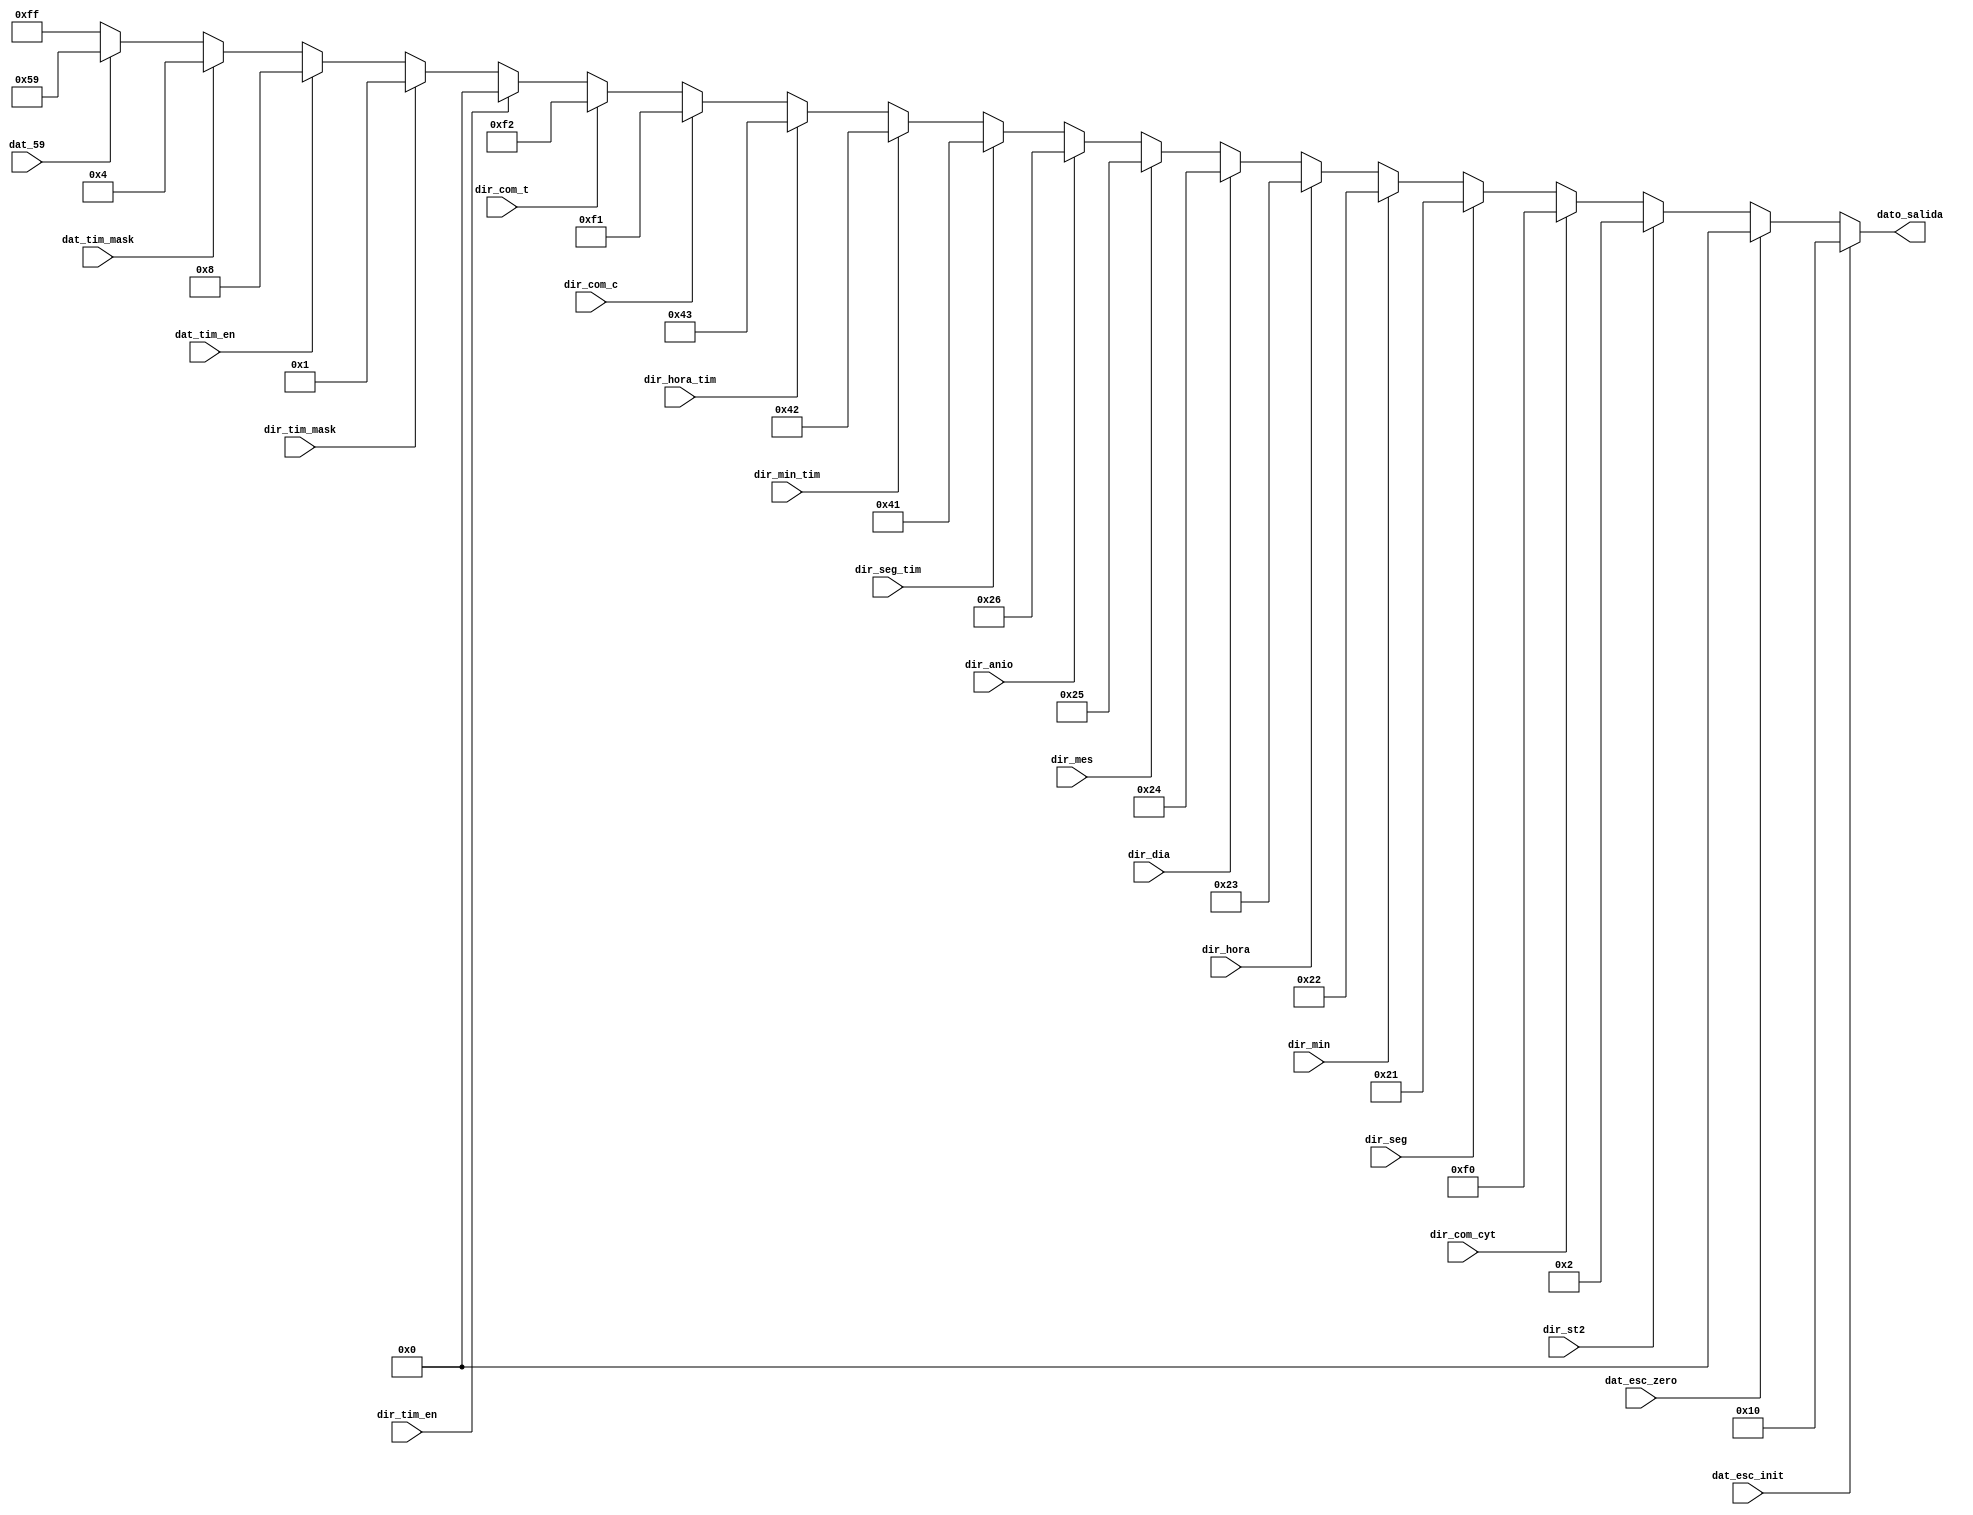
`timescale 1ns / 1ps
//////////////////////////////////////////////////////////////////////////////////
// Company: 
// Engineer: 
// 
// Design Name: 
// Module Name: CONTROL_DATA
// Project Name: 
// Target Devices: 
// Tool Versions: 
// Description: 
// 
// Dependencies: 
// 
// Revision:
// Revision 0.01 - File Created
// Additional Comments:
// 
//////////////////////////////////////////////////////////////////////////////////


module CONTROL_DATA(
	input wire dat_esc_init,
	input wire dat_esc_zero,
	input wire dat_tim_en,
	input wire dat_tim_mask,
	input wire dat_59,
	
	input wire dir_st2,
	input wire dir_com_cyt,
	input wire dir_com_c,
	input wire dir_com_t,
	input wire dir_tim_en,
	input wire dir_tim_mask,
	input wire dir_seg,
	input wire dir_min,
	input wire dir_hora,
	input wire dir_dia,
	input wire dir_mes,
	input wire dir_anio,
	input wire dir_seg_tim,
	input wire dir_min_tim,
	input wire dir_hora_tim,
	
	output reg [7:0] dato_salida
   );
	
	always @* begin
		if (dat_esc_init) begin
			dato_salida = 8'h10;
		end else if (dat_esc_zero) begin
			dato_salida = 8'h00;
		end else if (dir_st2) begin
			dato_salida = 8'h02;
		end else if (dir_com_cyt) begin
			dato_salida = 8'hf0;
		end else if (dir_seg) begin
			dato_salida = 8'h21;
		end else if (dir_min) begin
			dato_salida = 8'h22;
		end else if (dir_hora) begin
			dato_salida = 8'h23;
		end else if (dir_dia) begin
			dato_salida = 8'h24;
		end else if (dir_mes) begin
			dato_salida = 8'h25;
		end else if (dir_anio) begin
			dato_salida = 8'h26;
		end else if (dir_seg_tim) begin
			dato_salida = 8'h41;
		end else if (dir_min_tim) begin
			dato_salida = 8'h42;
		end else if (dir_hora_tim) begin
			dato_salida = 8'h43;
		end else if (dir_com_c) begin
			dato_salida = 8'hf1;
		end else if (dir_com_t) begin
			dato_salida = 8'hf2;
		end else if (dir_tim_en) begin
			dato_salida = 8'h00;
		end else if (dir_tim_mask) begin
			dato_salida = 8'h01;
		end else if (dat_tim_en) begin
			dato_salida = 8'h08;
		end else if (dat_tim_mask) begin
			dato_salida = 8'h04;
		end else if (dat_59) begin
			dato_salida = 8'h59;
		end else begin
			dato_salida = 8'hff;
		end
		
	end
endmodule